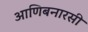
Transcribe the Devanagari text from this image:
आणिबनारसी